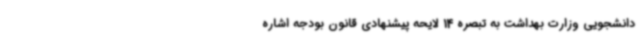
دانشجویی وزارت بهداشت به تبصره 14 لایحه پیشنهادی قانون بودجه اشاره